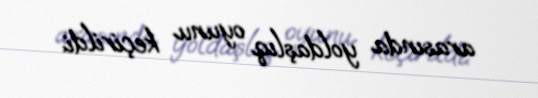
arasında yoldaşlıq oyunu keçirildi.